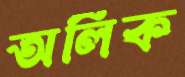
অলিক